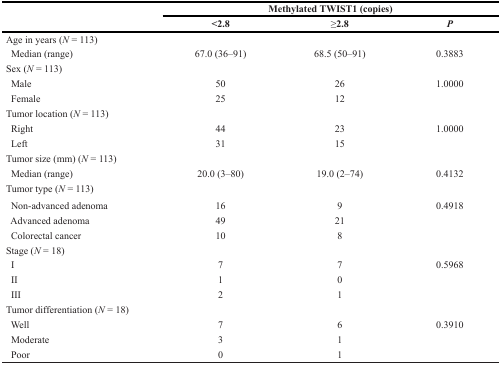
| <ROWSPAN=2>  | <COLSPAN=3> Methylated TWIST1 (copies) |
 | <2.8 | ≥2.8 | P |
 | --- | --- | --- | --- |
 | Age in years (N = 113) |  |  |  |
 | Median (range) | 67.0 (36–91) | 68.5 (50–91) | 0.3883 |
 | Sex (N = 113) |  |  |  |
 | Male | 50 | 26 | 1.0000 |
 | Female | 25 | 12 |  |
 | Tumor location (N = 113) |  |  |  |
 | Right | 44 | 23 | 1.0000 |
 | Left | 31 | 15 |  |
 | Tumor size (mm) (N = 113) |  |  |  |
 | Median (range) | 20.0 (3–80) | 19.0 (2–74) | 0.4132 |
 | Tumor type (N = 113) |  |  |  |
 | Non-advanced adenoma | 16 | 9 | 0.4918 |
 | Advanced adenoma | 49 | 21 |  |
 | Colorectal cancer | 10 | 8 |  |
 | Stage (N = 18) |  |  |  |
 | I | 7 | 7 | 0.5968 |
 | II | 1 | 0 |  |
 | III | 2 | 1 |  |
 | Tumor differentiation (N = 18) |  |  |  |
 | Well | 7 | 6 | 0.3910 |
 | Moderate | 3 | 1 |  |
 | Poor | 0 | 1 |  |